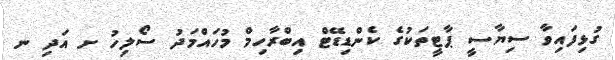
ގުޅިފައިވާ ސިޔާސީ ޕާޓީތަކުގެ ކެންޑިޑޭޓް އިބްރާހިމް މުހައްމަދު ސޯލިހު ށ އަދި ނ